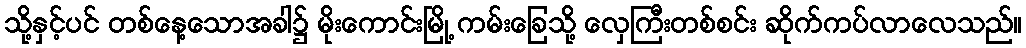
သို့နှင့်ပင် တစ်နေ့သောအခါ၌ မိုးကောင်းမြို့ ကမ်းခြေသို့ လှေကြီးတစ်စင်း ဆိုက်ကပ်လာလေသည်။